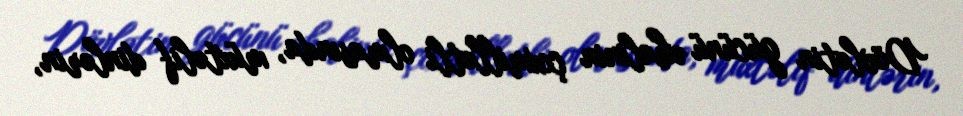
Dövlətin gücünü əhalinin çoxmillətli olmasında, müxtəlif dinlərin,